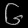
Digit: ၆